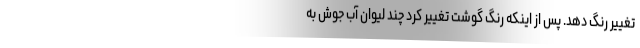
تغییر رنگ دهد. پس از اینکه رنگ گوشت تغییر کرد چند لیوان آب جوش به